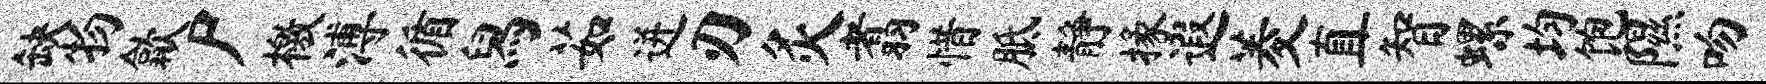
缺物歙尸檄溥循舄茹迸刃灸翥惜胝静掾遐菱直智螺均饱隰吻